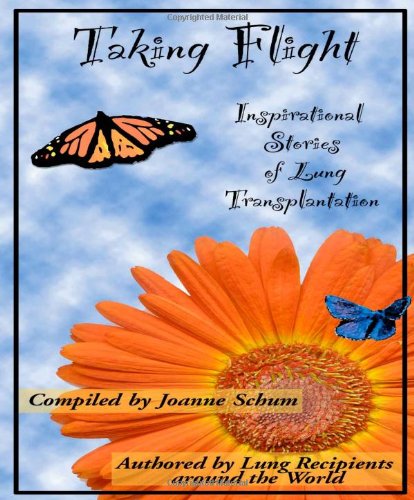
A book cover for Taking Flight: Inspirational Stories of Lung Transplantation; Health, Fitness & Dieting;